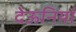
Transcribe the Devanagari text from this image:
देऊनियां